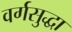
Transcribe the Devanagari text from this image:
वर्गसुद्धा